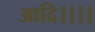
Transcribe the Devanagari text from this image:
आदि।।।।